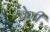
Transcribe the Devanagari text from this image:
बेगी